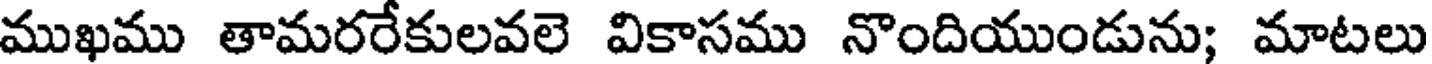
ముఖము తామరరేకులవలె వికాసము నొందియుండును; మాటలు